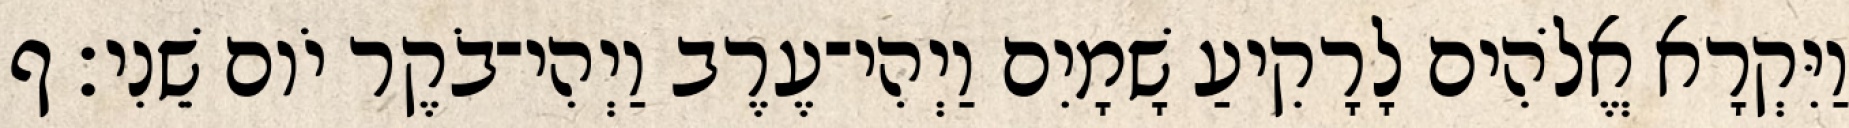
וַיִּקְרָא אֱלֹהִים לָרָקִיעַ שָׁמָיִם וַיְהִי־עֶרֶב וַיְהִי־בֹקֶר יֹום שֵׁנִי׃ ף